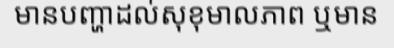
មានបញ្ហាដល់សុខុមាលភាព ឬមាន